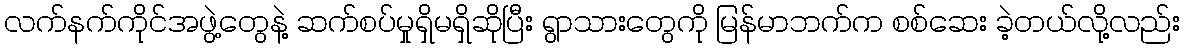
လက်နက်ကိုင်အဖွဲ့တွေနဲ့ ဆက်စပ်မှုရှိမရှိဆိုပြီး ရွာသားတွေကို မြန်မာဘက်က စစ်ဆေး ခဲ့တယ်လို့လည်း